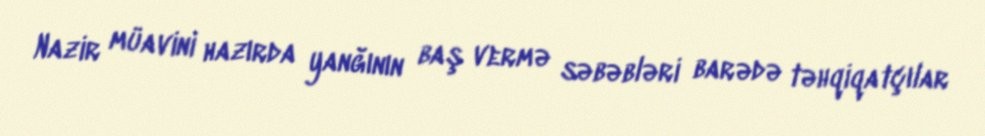
Nazir müavini hazırda yanğının baş vermə səbəbləri barədə təhqiqatçılar